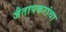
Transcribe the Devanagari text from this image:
जैतापकरांचा